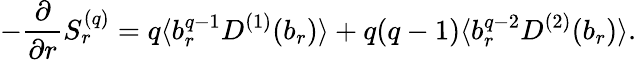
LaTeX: -\frac{\partial}{\partial r}S_{r}^{(q)}=q\langle b_{r}^{q-1}D^{(1)}(b_{r})\rangle+q(q-1)\langle b_{r}^{q-2}D^{(2)}(b_{r})\rangle.